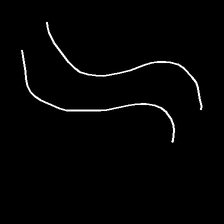
Glyph: float